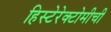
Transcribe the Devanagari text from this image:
हिस्टेरेक्टोमीची